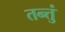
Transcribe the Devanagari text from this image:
तन्तुं